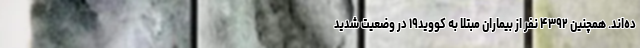
ده‌اند. همچنین ۴۳۹۲ نفر از بیماران مبتلا به کووید۱۹ در وضعیت شدید